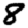
Digit: 8